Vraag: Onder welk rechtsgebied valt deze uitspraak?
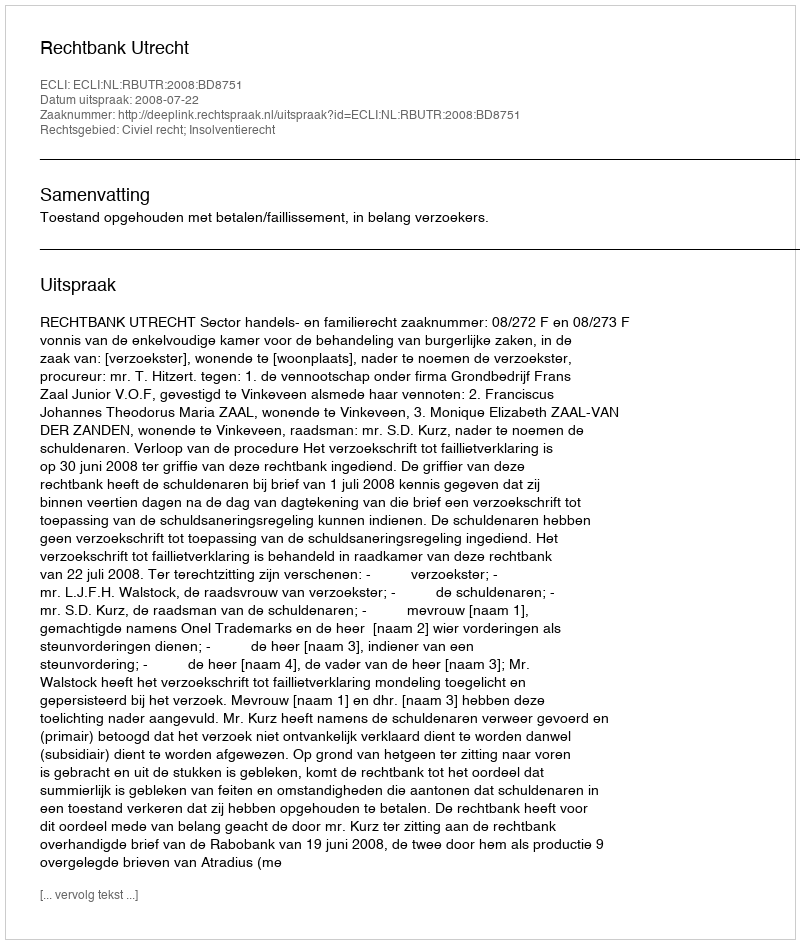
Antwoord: Civiel recht; Insolventierecht